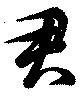
君